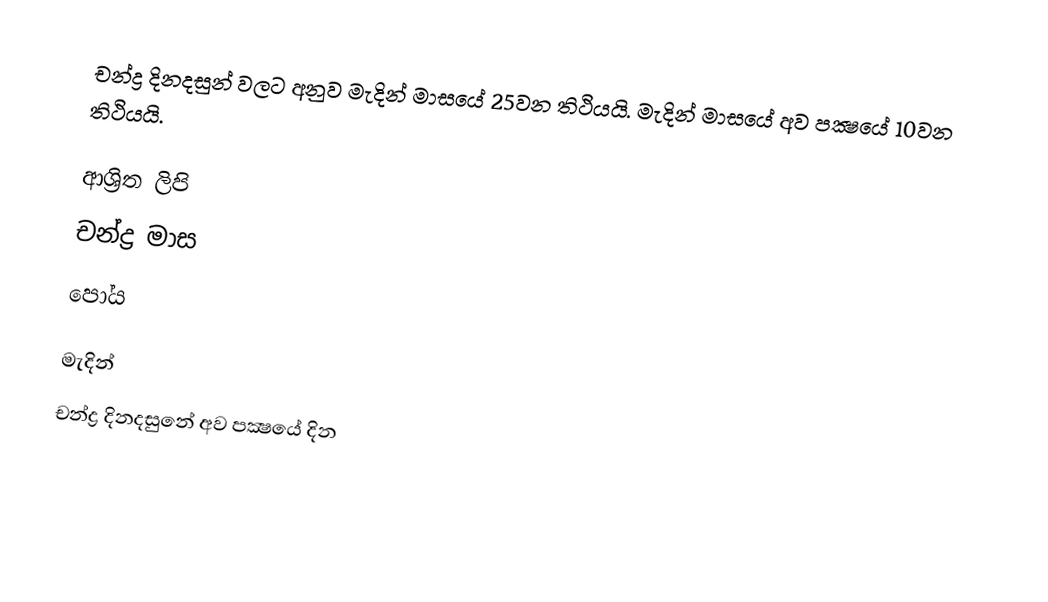
චන්ද්‍ර දිනදසුන් වලට අනුව මැදින් මාසයේ 25වන තිථියයි. මැදින් මාසයේ අව පක්‍ෂයේ 10වන තිථියයි.

ආශ්‍රිත ලිපි
 චන්ද්‍ර මාස
 පෝය

මැදින්
චන්ද්‍ර දිනදසුනේ අව පක්‍ෂයේ දින